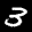
Label: 3